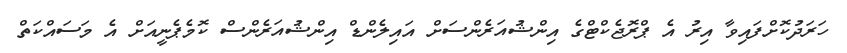
ހަރަދުކޮށްފައިވާ އިރު އެ ޕްރޮޖެކްޓްގެ އިންޝުއަރެންސަށް އައިލެންޑް އިންޝުއަރެންސް ކޮމެޕެނީއަށް އެ މަސައްކަތް